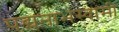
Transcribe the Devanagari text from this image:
पद्मनाभस्‍वामी